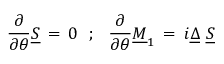
{ \frac { \partial } { \partial \theta } } \underline { { S } } \, = \, 0 \, \, \, \, ; \, \, \, \, { \frac { \partial } { \partial \theta } } \underline { { M } } _ { 1 } \, = \, i \underline { { \Delta } } \, \, \underline { { S } }